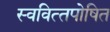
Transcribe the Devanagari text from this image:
स्‍ववित्‍तपोषित